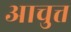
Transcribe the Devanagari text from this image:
आचुत्त